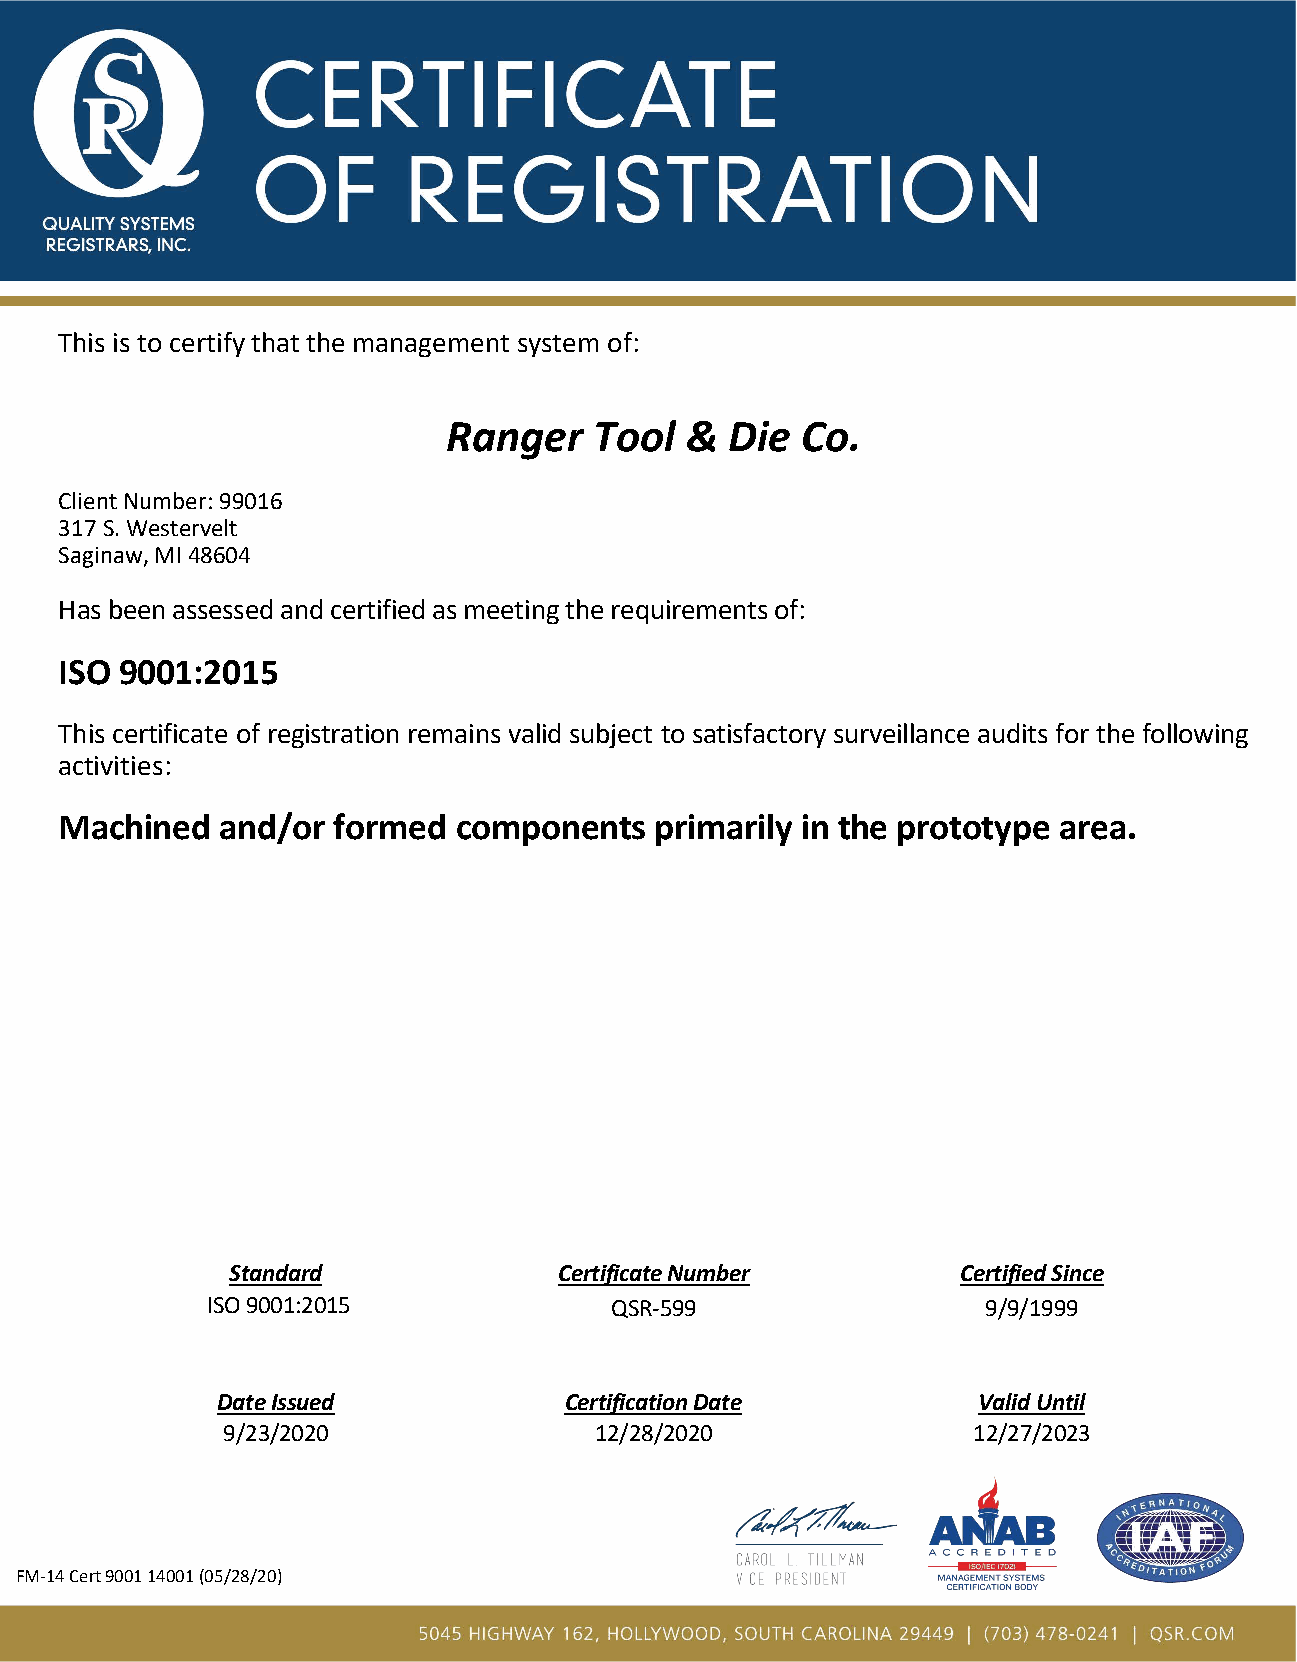
This is to certify that the management system of:
 Ranger   Tool  &  Die  Co.
 Client Number: 99016
 317 S. Westervelt
 Saginaw, MI 48604
 Has been assessed and certified as meeting the requirements of:
 ISO 9001:2015
 This certificate of registration remains valid subject to satisfactory surveillance audits for the following
 activities:
 Machined   and/or formed  components   primarily in the prototype area.
 Standard              Certificate Number         Certified Since
 ISO 9001:2015             QSR-599                  9/9/1999
 Date Issued            Certification Date          Valid Until
 9/23/2020               12/28/2020               12/27/2023
 FM-14 Cert 9001 14001 (05/28/20)